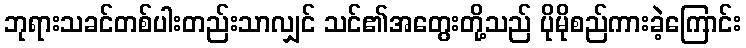
ဘုရားသခင်တစ်ပါးတည်းသာလျှင် သင်၏အတွေးတို့သည် ပိုမိုစည်ကားခဲ့ကြောင်း